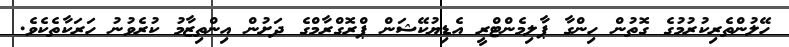
ހޭލުންތެރިކުރުމުގެ ގޮތުން ހިންގާ ޕާލިމެންޓްރީ އެޑިޔުކޭޝަން ޕްރޮގްރާމްގެ ދަށުން އިންތިޒާމު ކުރެވުނު ހަރަކާތެކެވެ.